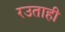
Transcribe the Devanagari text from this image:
रउताही